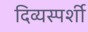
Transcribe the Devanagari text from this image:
दिव्यस्पर्शी